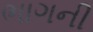
ભાગની